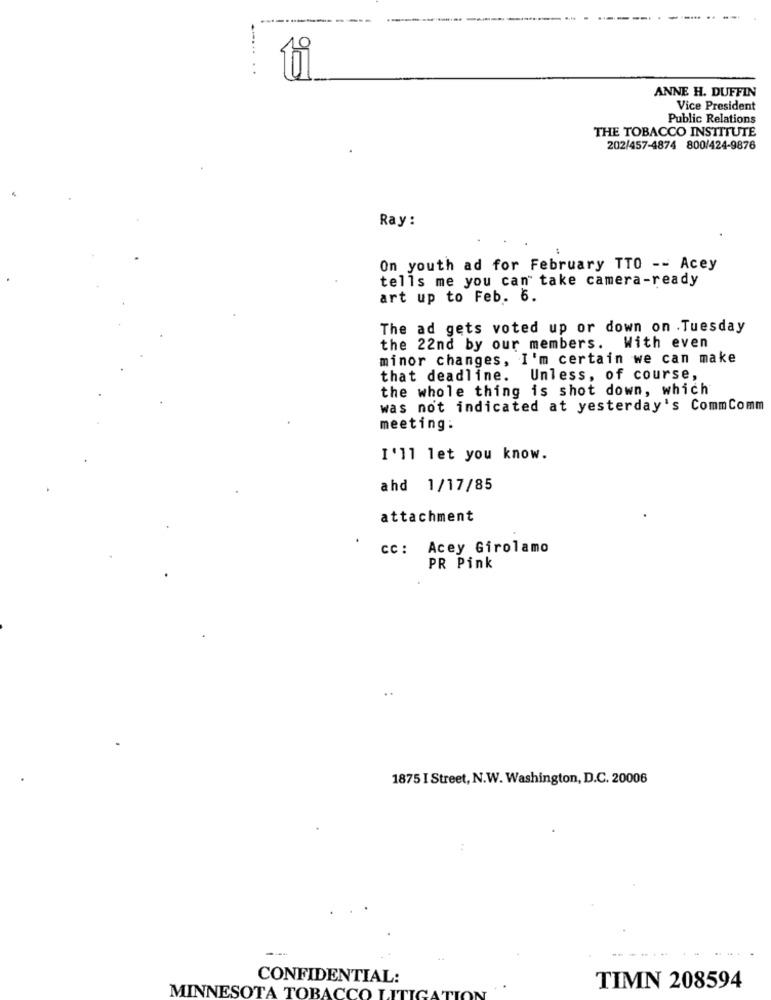
----------
...... ..
ti
ANNE H. DUFFIN
Vice President
Public Relations
THE TOBACCO INSTITUTE
202/457-4874 800/424-9876
Ray:
On youth ad for February TTO -- Acey
tells me you can take camera-ready
art up to Feb. 6.
The ad gets voted up or down on Tuesday
the 22nd by our members. With even
minor changes, I'm certain we can make
that deadline. Unless, of course,
the whole thing is shot down, which
was not indicated at yesterday's CommComm
meeting:
I'll let you know.
ahd 1/17/85
attachment
CC: Acey Girolamo
PR Pink
1875 I Street, N.W. Washington, D.C. 20006
CONFIDENTIAL:
TIMN 208594
MINNESOTA TOBACCO LIT